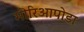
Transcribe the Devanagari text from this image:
मीरिआपोडा